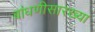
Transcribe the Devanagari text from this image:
बांधणीसारख्या